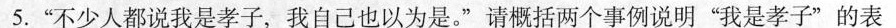
5.”不少人都说我是孝子，我自己也以为是。”请概括两个事例说明”我是孝子”的表